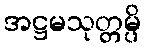
အဋ္ဌမသုတ္တမ္ပိ